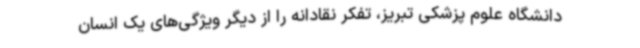
دانشگاه علوم پزشکی تبریز، تفکر نقادانه را از دیگر ویژگی‌های یک انسان